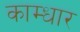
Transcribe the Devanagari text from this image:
काम्धार